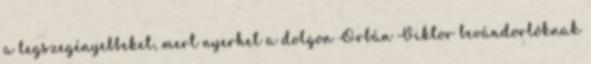
a legszegényebbeket, mert nyerhet a dolgon Orbán Viktor bevándorlóknak